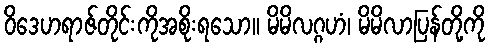
ဝိဒေဟရာဇ်တိုင်းကိုအစိုးရသော။ မိမိလဂ္ဂဟံ၊ မိမိလာပြန်တို့ကို